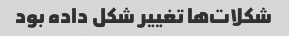
شکلات‌ها تغییر شکل داده بود